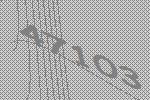
47103